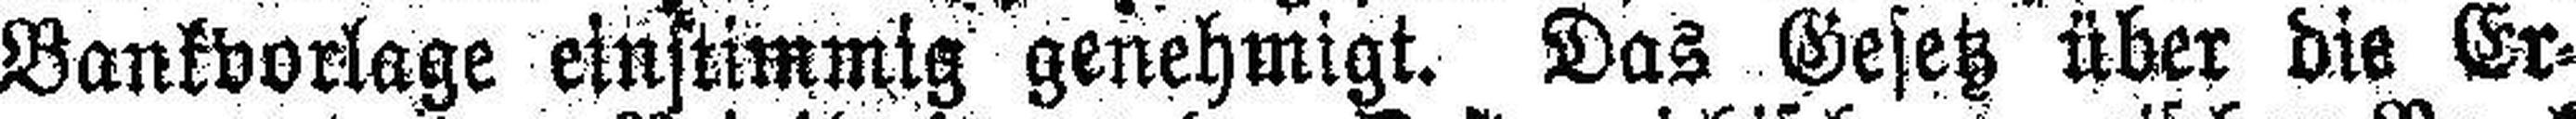
Bankvorlage einstimmig genehmigt. Das Gesetz über die Er¬